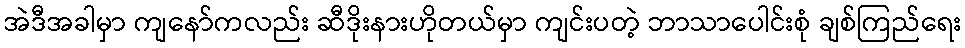
အဲဒီအခါမှာ ကျနော်ကလည်း ဆီဒိုးနားဟိုတယ်မှာ ကျင်းပတဲ့ ဘာသာပေါင်းစုံ ချစ်ကြည်ရေး